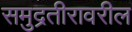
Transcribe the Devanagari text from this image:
समुद्रतीरावरील